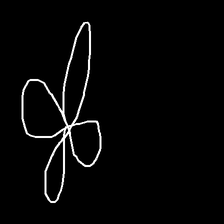
Glyph: billowing